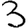
Digit: 3